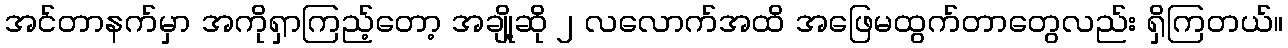
အင်တာနက်မှာ အကိုရှာကြည့်တော့ အချို့ဆို ၂ လလောက်အထိ အဖြေမထွက်တာတွေလည်း ရှိကြတယ်။